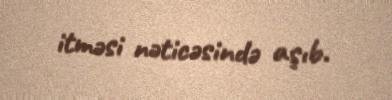
itməsi nəticəsində aşıb.